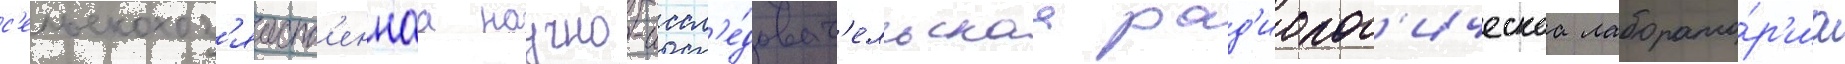
с'ельскохоз'яиств'еннаа научно-иссл'е́доват'ельскаа рад'иолог'ическаа лаборато́р'иа